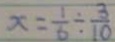
x = \frac { 1 } { 6 } \div \frac { 3 } { 1 0 }